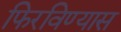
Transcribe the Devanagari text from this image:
फिरविण्यास